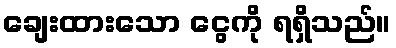
ချေးထားသော ငွေကို ရရှိသည်။